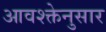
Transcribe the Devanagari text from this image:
आवश्क्तेनुसार